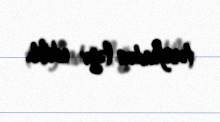
tərəfindən ləğv edilib.